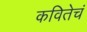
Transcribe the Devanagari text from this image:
कवितेचं